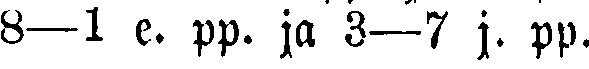
8—1 e.pp. ja 3—7 j. pp.